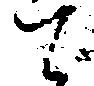
て